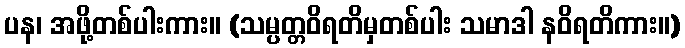
ပန၊ အဖို့တစ်ပါးကား။ (သမ္ပတ္တဝိရတိမှတစ်ပါး သမာဒါ နဝိရတိကား။)